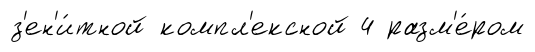
з'ен'и́тной компл'ексной 4 разм'е́ром